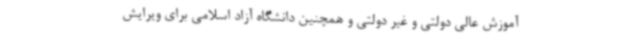
آموزش عالی دولتی و غیر دولتی و همچنین دانشگاه آزاد اسلامی برای ویرایش